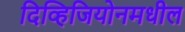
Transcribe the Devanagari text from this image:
दिव्हिजियोनमधील